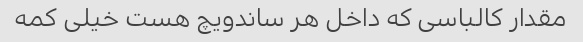
مقدار کالباسی که داخل هر ساندویچ هست خیلی کمه